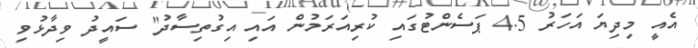
އެއީ މިދިޔަ އަހަރު 4.5 ޕަސެންޓުގައި ކުރިއަރަމުން އައި އިގުތިސާދު" ސައީދު ވިދާޅުވި